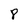
Character: 8